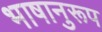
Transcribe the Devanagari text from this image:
भाषानुरूप